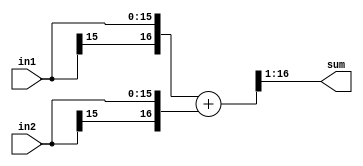
//
// Copyright 2011 Ettus Research LLC
//



module add2
  #(parameter WIDTH=16)
    (input [WIDTH-1:0] in1,
     input [WIDTH-1:0] in2,
     output [WIDTH-1:0] sum);

   wire [WIDTH:0] 	sum_int = {in1[WIDTH-1],in1} + {in2[WIDTH-1],in2};
   assign 		sum = sum_int[WIDTH:1];  // Note -- will have some bias
   
endmodule // add2